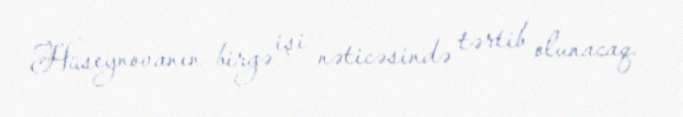
Hüseynovanın birgə işi nəticəsində tərtib olunacaq.